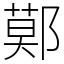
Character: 鄚